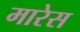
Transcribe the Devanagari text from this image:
मारेस